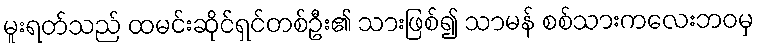
မူးရတ်သည် ထမင်းဆိုင်ရှင်တစ်ဦး၏ သားဖြစ်၍ သာမန် စစ်သားကလေးဘဝမှ